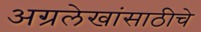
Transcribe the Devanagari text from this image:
अग्रलेखांसाठीचे